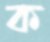
ক